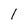
Character: 1